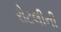
રોટલીની